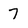
Character: 7